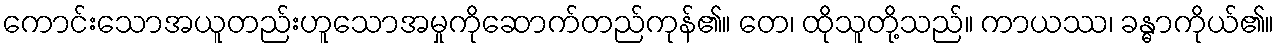
ကောင်းသောအယူတည်းဟူသောအမှုကိုဆောက်တည်ကုန်၏။ တေ၊ ထိုသူတို့သည်။ ကာယဿ၊ ခန္ဓာကိုယ်၏။